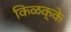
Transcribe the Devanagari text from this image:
किळक्के